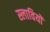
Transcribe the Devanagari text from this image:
स्लावियों